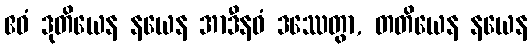
ဧဝံ ဒုတိယေန နယေန အာဒီနဝံ ဒဿေတွာ, တတိယေန နယေန